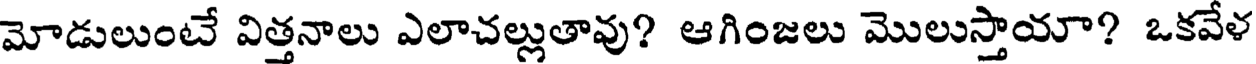
మోడులుంటే విత్తనాలు ఎలాచల్లుతావు? ఆగింజలు మొలుస్తాయా? ఒకవేళ